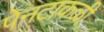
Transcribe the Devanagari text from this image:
पेनटाकळी